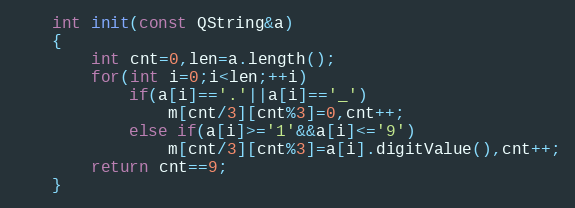
Language: C
    int init(const QString&a)
    {
        int cnt=0,len=a.length();
        for(int i=0;i<len;++i)
            if(a[i]=='.'||a[i]=='_')
                m[cnt/3][cnt%3]=0,cnt++;
            else if(a[i]>='1'&&a[i]<='9')
                m[cnt/3][cnt%3]=a[i].digitValue(),cnt++;
        return cnt==9;
    }